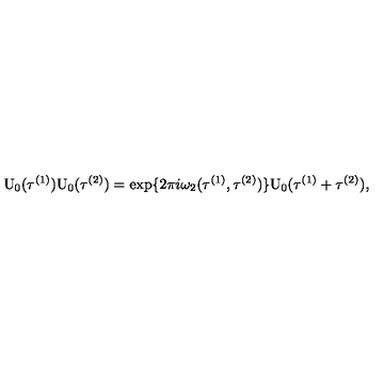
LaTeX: \mathrm { U } _ { 0 } ( { \tau } ^ { ( 1 ) } ) \mathrm { U } _ { 0 } ( { \tau } ^ { ( 2 ) } ) = \exp \{ 2 \pi i { \omega } _ { 2 } ( { \tau } ^ { ( 1 ) } , { \tau } ^ { ( 2 ) } ) \} \mathrm { U } _ { 0 } ( { \tau } ^ { ( 1 ) } + { \tau } ^ { ( 2 ) } ) ,